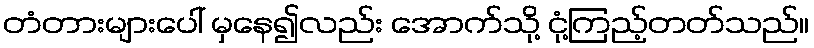
တံတားများပေါ် မှနေ၍လည်း အောက်သို့ ငုံ့ကြည့်တတ်သည်။